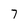
Character: 7